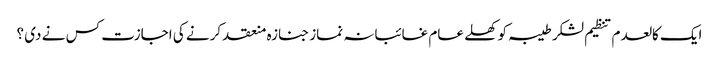
ایک کالعدم تنظیم لشکر طیبہ کو کھلے عام غائبانہ نماز جنازہ منعقد کرنے کی اجازت کس نے دی ؟